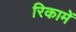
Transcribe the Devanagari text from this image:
रिकामें